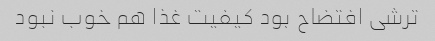
ترشی افتضاح بود کیفیت غذا هم خوب نبود